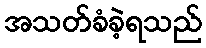
အသတ်ခံခဲ့ရသည်